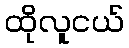
ထိုလူငယ်